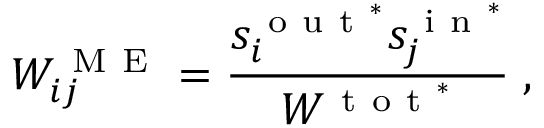
W _ { i j } ^ { \mathrm { ~ M ~ E ~ } } = \frac { s _ { i } ^ { \mathrm { ~ o ~ u ~ t ~ } ^ { * } } s _ { j } ^ { \mathrm { ~ i ~ n ~ } ^ { * } } } { W ^ { \mathrm { ~ t ~ o ~ t ~ } ^ { * } } } \; ,